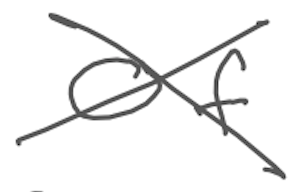
Text: of
Cross-out: cross
Writing tool: digital_gray